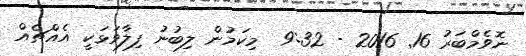
ނޮވެމްބަރު 16